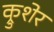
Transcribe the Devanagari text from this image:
क्रुशेर